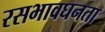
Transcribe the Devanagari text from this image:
रसभावघनता